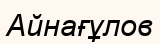
Айнағұлов